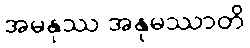
အမနုဿ အနုမဿာတိ